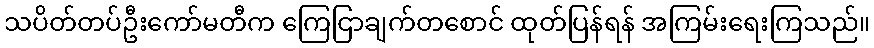
သပိတ်တပ်ဦးကော်မတီက ကြေငြာချက်တစောင် ထုတ်ပြန်ရန် အကြမ်းရေးကြသည်။